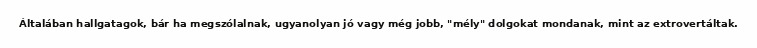
Általában hallgatagok, bár ha megszólalnak, ugyanolyan jó vagy még jobb, "mély" dolgokat mondanak, mint az extrovertáltak.